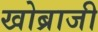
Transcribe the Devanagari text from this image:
खोब्राजी